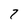
Character: 7